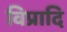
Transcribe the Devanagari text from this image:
विप्रादि